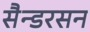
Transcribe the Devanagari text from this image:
सैन्डरसन